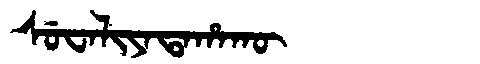
Manchu: ᠰᡠᠸᠠᠯᡳᠶᠠᡨᠠᡥᠠᡴᡡ
Romanization: SUWALIYATAHAKŪ